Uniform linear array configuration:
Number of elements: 32
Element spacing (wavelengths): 0.75
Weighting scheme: hamming
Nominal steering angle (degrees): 0
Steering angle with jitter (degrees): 1.361
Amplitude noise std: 0.05
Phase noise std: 0.05

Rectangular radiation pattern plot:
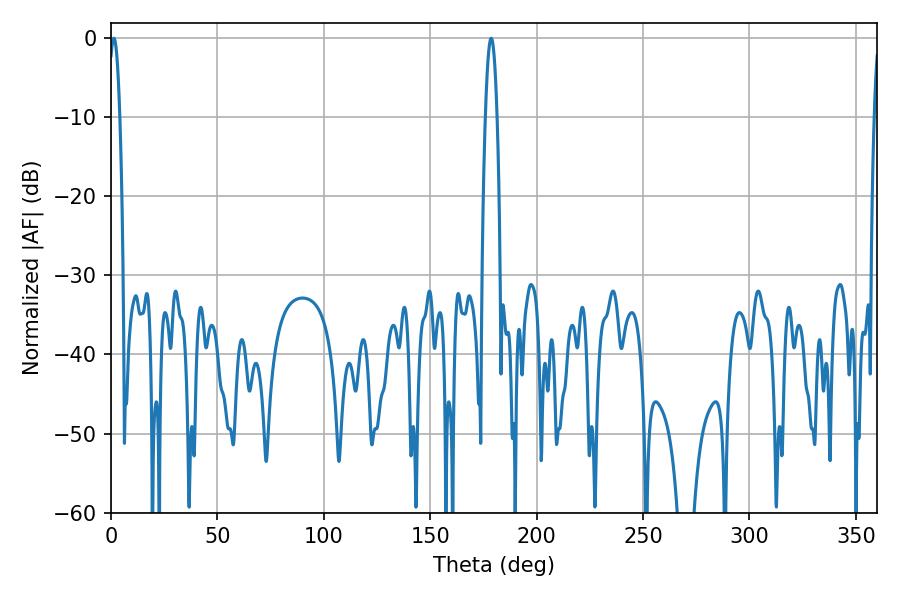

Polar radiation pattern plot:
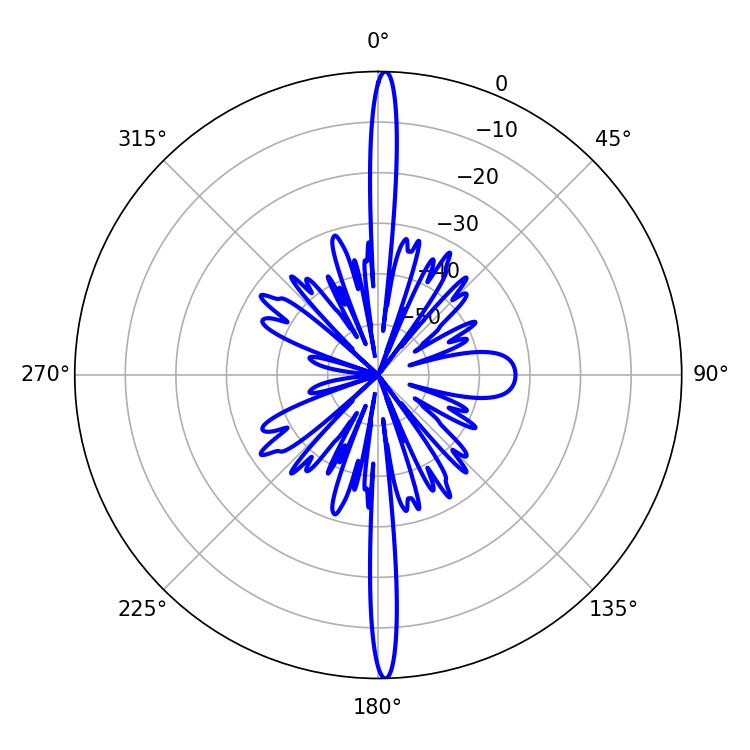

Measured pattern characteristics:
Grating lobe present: TRUE
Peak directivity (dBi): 28.505
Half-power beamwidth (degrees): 2.88
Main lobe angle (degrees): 1.44